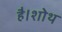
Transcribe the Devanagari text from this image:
है।शोथ